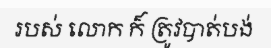
របស់ លោក ក៏ ត្រូវបាត់បង់